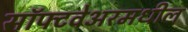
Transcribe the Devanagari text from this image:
सॉफ्टवेअरमधील